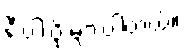
နီးပါးပို များပါတယ်။